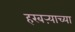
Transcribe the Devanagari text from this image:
हरबऱ्याच्या